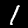
Label: 1